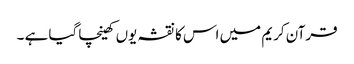
قرآن کریم میں اس کا نقشہ یوں کھینچا گیا ہے ۔